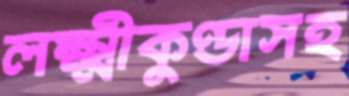
লক্ষ্মীকুণ্ডাসহ